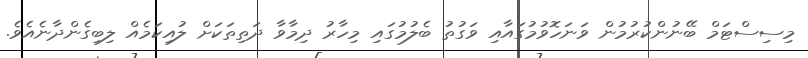
މިސިސްޓަމް ބޭނުންކުރުމުން ވަނަހޮވުމުގައާއި ވަގުތު ބެލުމުގައި މިހާރު ދިމާވާ ދަތިތަކަށް ލުއިކަމެއް ލިބިގެންދާނެއެވެ.